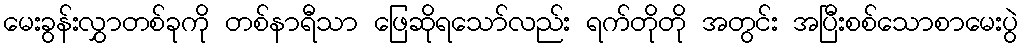
မေးခွန်းလွှာတစ်ခုကို တစ်နာရီသာ ဖြေဆိုရသော်လည်း ရက်တိုတို အတွင်း အပြီးစစ်သောစာမေးပွဲ